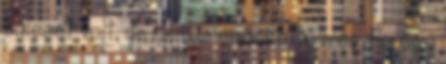
baleset volt, de nem is erősítette meg. Ez úgy